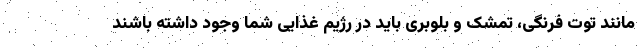
مانند توت فرنگی، تمشک و بلوبری باید در رژیم غذایی شما وجود داشته باشند